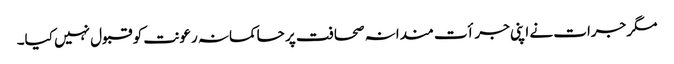
مگر جرات نے اپنی جرأت مندانہ صحافت پر حاکمانہ رعونت کو قبول نہیں کیا۔